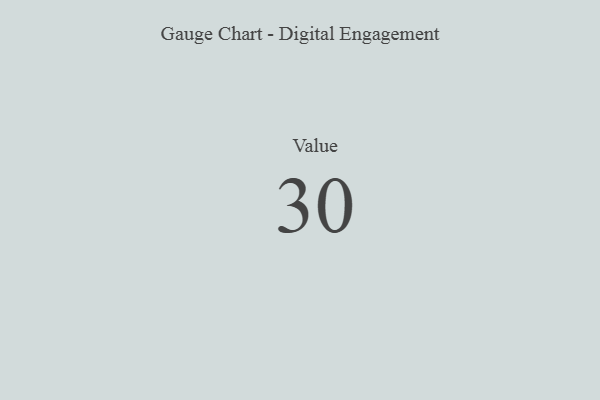
{"axis": {"x": "Metric", "y": "Value"}, "legend": [""], "data": [{"x": "Value", "y": 30, "type": ""}]}